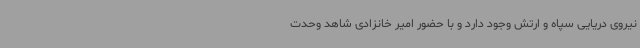
نیروی دریایی سپاه و ارتش وجود دارد و با حضور امیر خانزادی شاهد وحدت